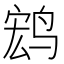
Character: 𲍺